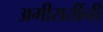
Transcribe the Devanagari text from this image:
अमीरातींनी